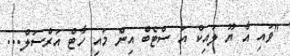
"ވައި އާ ޔޫ ލައިކް އަ ސްޓެބް އިން މައި ހާޓް އަރްސަލް...